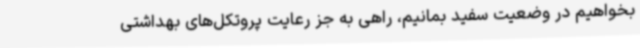
بخواهیم در وضعیت سفید بمانیم، راهی به جز رعایت پروتکل‌های بهداشتی